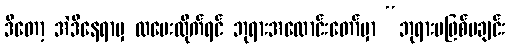
ဒီတော့ အဲဒီနေရာမှ ထပေးလိုက်ရင် ဘုရားအလောင်းတော်မှာ “ဘုရားမဖြစ်မချင်း